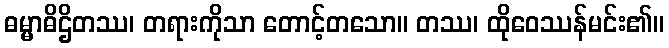
ဓမ္မာဓိဌိတဿ၊ တရားကိုသာ တောင့်တသော။ တဿ၊ ထိုဝေဿန်မင်း၏။